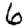
Digit: 6